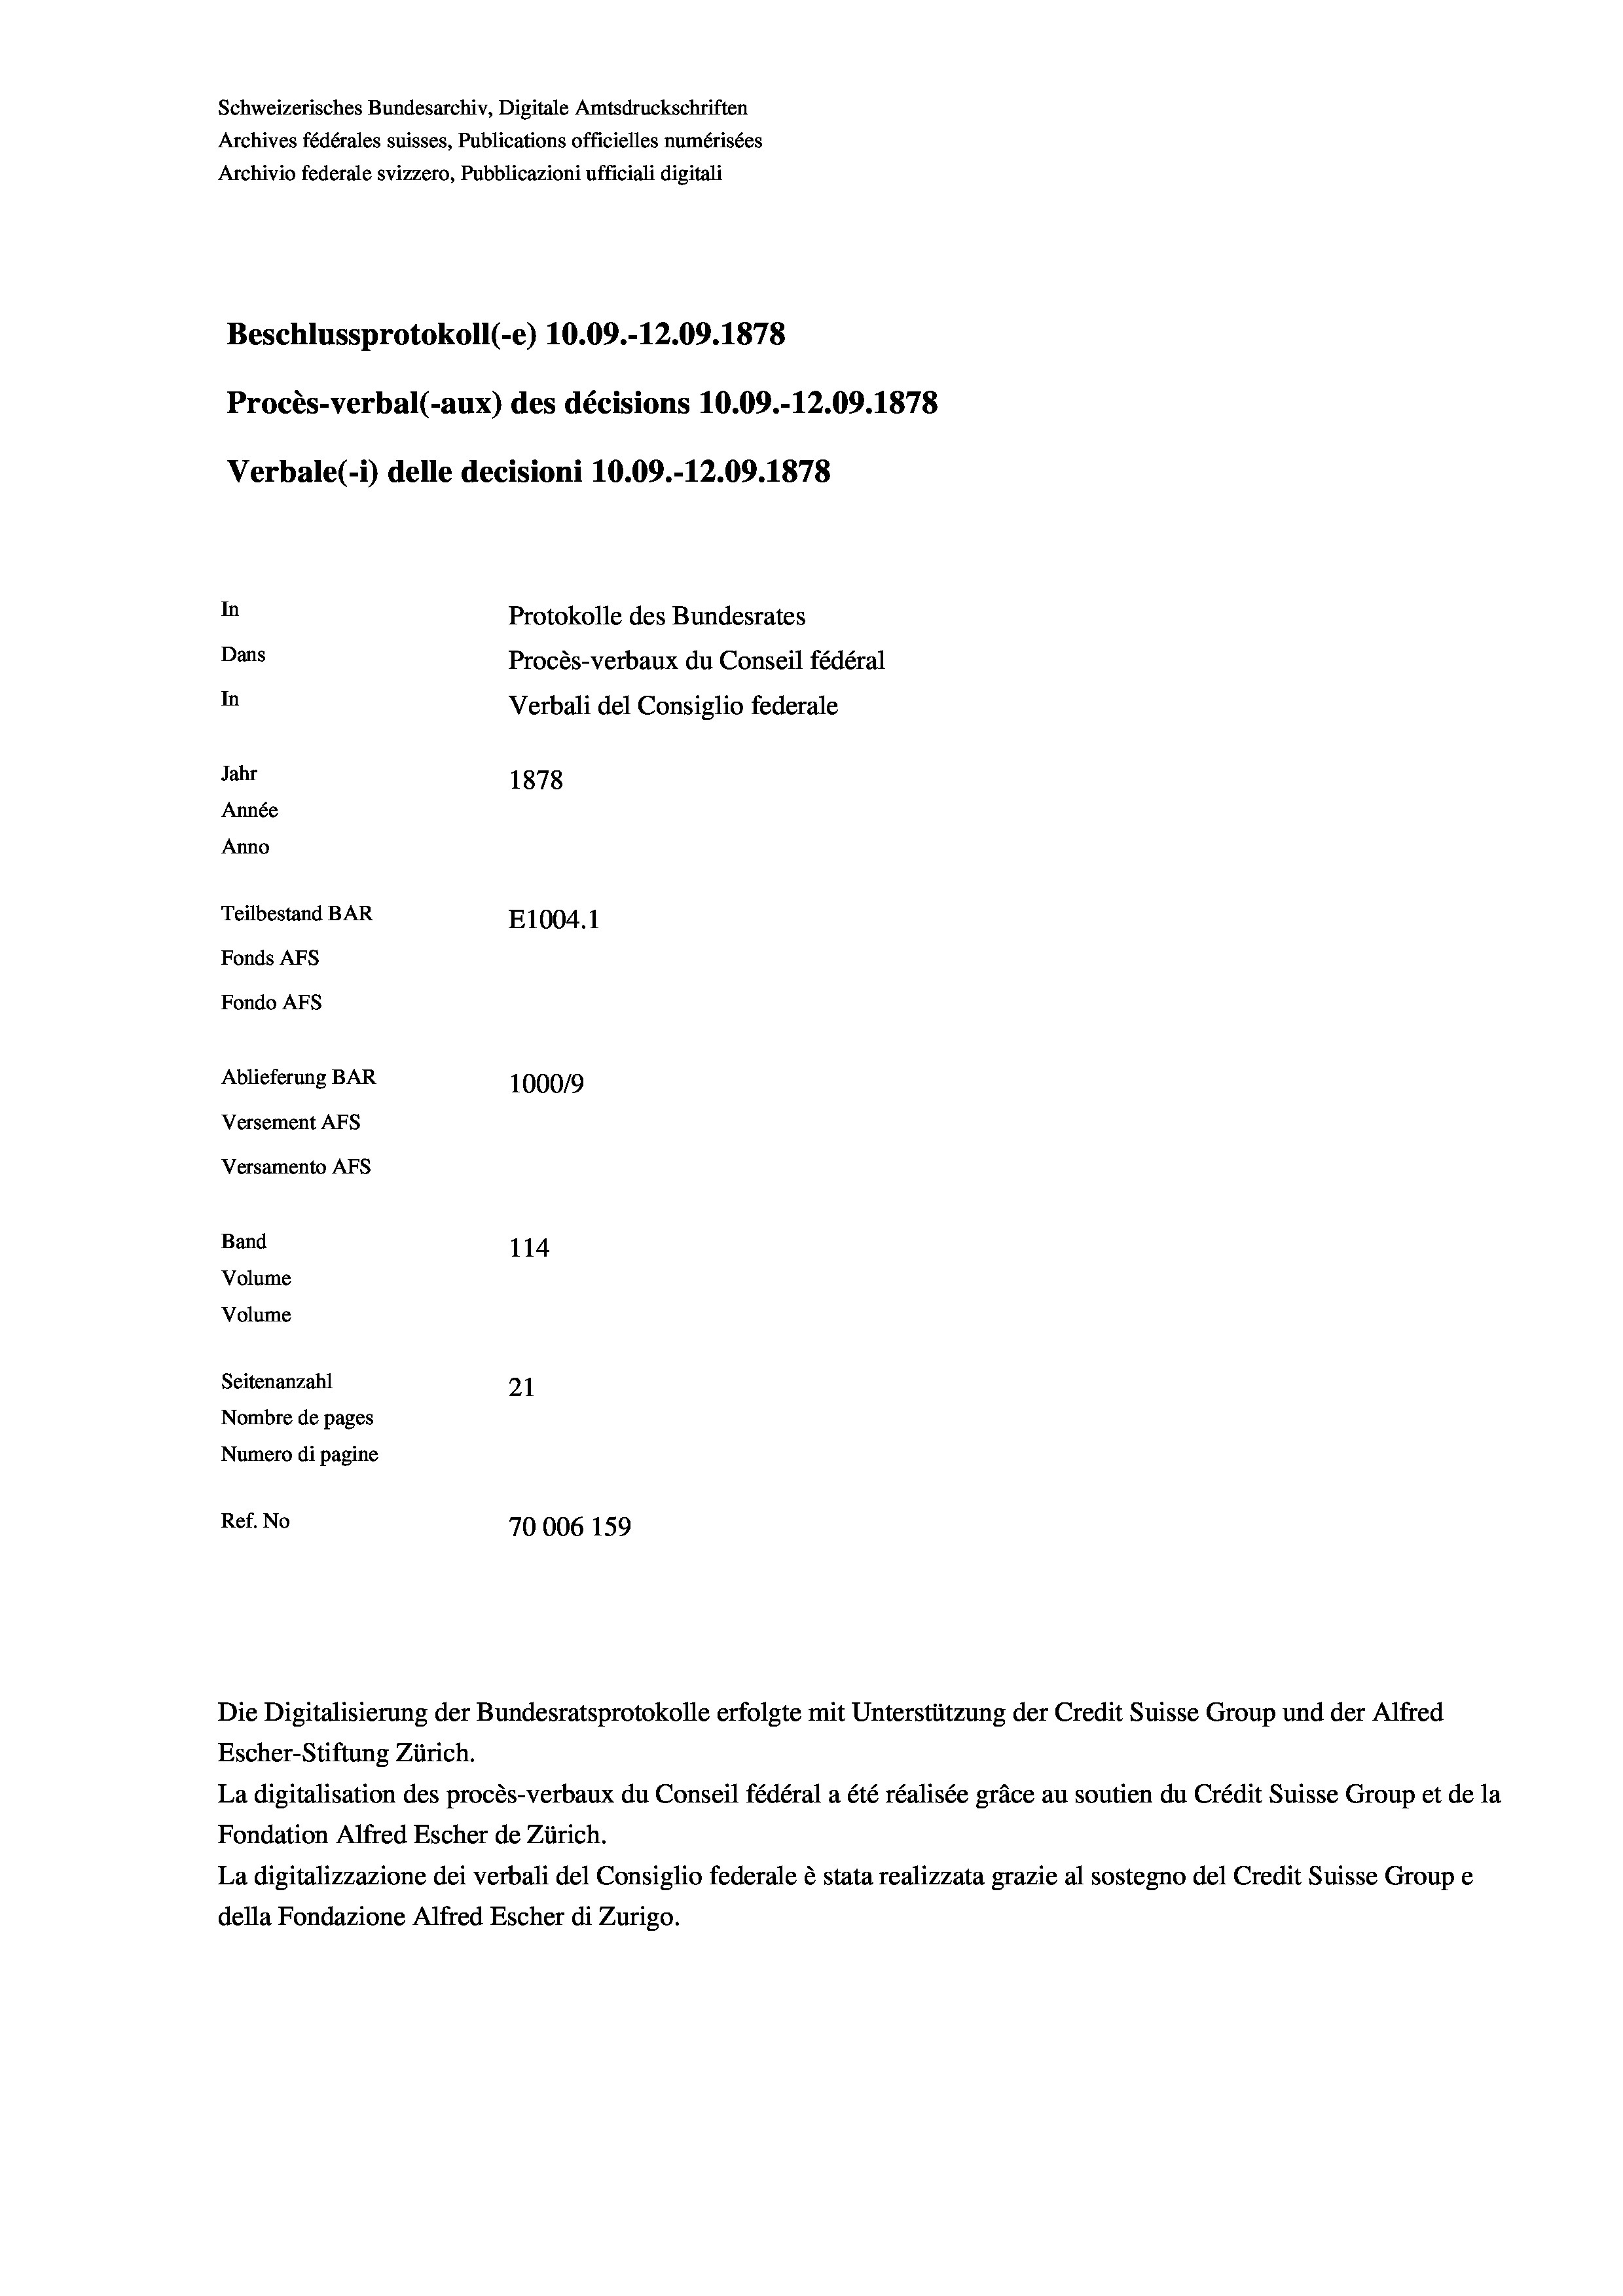
Schweizerisches Bundesarchiv, Digitale Amtsdruckschriften
Archives fédérales suisses, Publications officielles numérisées
Archivio federale svizzero, Pubblicazioni ufficiali digitali
Beschlussprotokoll (e) 10.09.-12.09. 1878
Procès-verbal (-aux) des décisions 10.09.-12.09. 1878
Verbale(*) delle decisioni 10.09.-12.09. 1878
In
Protokolle des Bundesrates
Dans
Procès-verbaux du Conseil fédéral
In
Verbali del Consiglio federale
Jahr
1878
Année
Anno
Teilbestand BAR
E1004. 1
Fonds AFs
Fondo Afs
Ablieferung BAR
100019
Versement AFs

Versamento AFS
Band
Volume

114
Volume
Seitenanzahl
21
Nombre de pages
Numero di pagine
Ref. No
70006 159

Escher-Stiftung Zürich.
La digitalisation des procès-verbaux du Conseil fédéral a été réalisée gräce au soutien du Crédit Suisse Group et de la
Fondation Alfred Escher de Zürich.
La digitalizzazione dei verbali del Consiglio federale è stata realizzata grazie al sostegno del Credit Suisse Groupe
della Fondazione Alfred Escher di Zurigo.

Die Digitalisierung der Bundesratsprotokolle erfolgte mit Unterstützung der Credit Suisse Group und der Alfred